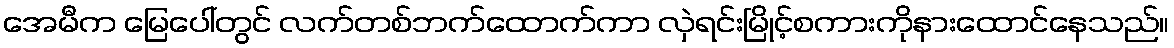
အေမီက မြေပေါ်တွင် လက်တစ်ဘက်ထောက်ကာ လှဲရင်းမြိုင့်စကားကိုနားထောင်နေသည်။